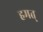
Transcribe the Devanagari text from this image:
हमत्